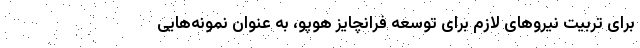
برای تربیت نیروهای لازم برای توسعه فرانچایز هوپو، به عنوان نمونه‌هایی